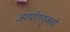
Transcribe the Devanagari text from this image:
जरारोगयुक्तो